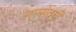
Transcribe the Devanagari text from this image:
रामसेतूची